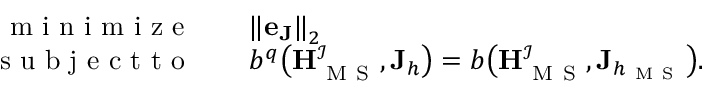
\begin{array} { r } { \begin{array} { r l } { \mathrm { ~ m ~ i ~ n ~ i ~ m ~ i ~ z ~ e ~ } \quad } & { { \| \mathbf { e } _ { \mathbf { J } } \| } _ { 2 } } \\ { \mathrm { ~ s ~ u ~ b ~ j ~ e ~ c ~ t ~ t ~ o ~ } \quad } & { b ^ { q } \big ( \mathbf { H } _ { \mathrm { ~ M ~ S ~ } } ^ { \mathcal { I } } , \mathbf { J } _ { h } \big ) = b \big ( \mathbf { H } _ { \mathrm { ~ M ~ S ~ } } ^ { \mathcal { I } } , \mathbf { J } _ { h _ { \mathrm { ~ M ~ S ~ } } } \big ) . } \end{array} } \end{array}